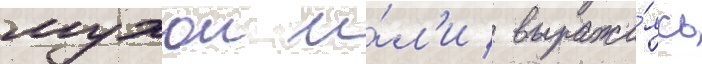
мухои и́л'и / выража́ясь